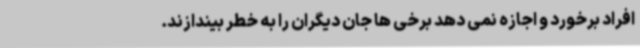
افراد برخورد و اجازه نمی دهد برخی ها جان دیگران را به خطر بیندازند.